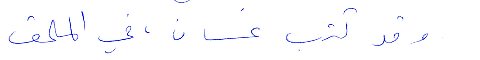
وقد كتب غسان في الملحق